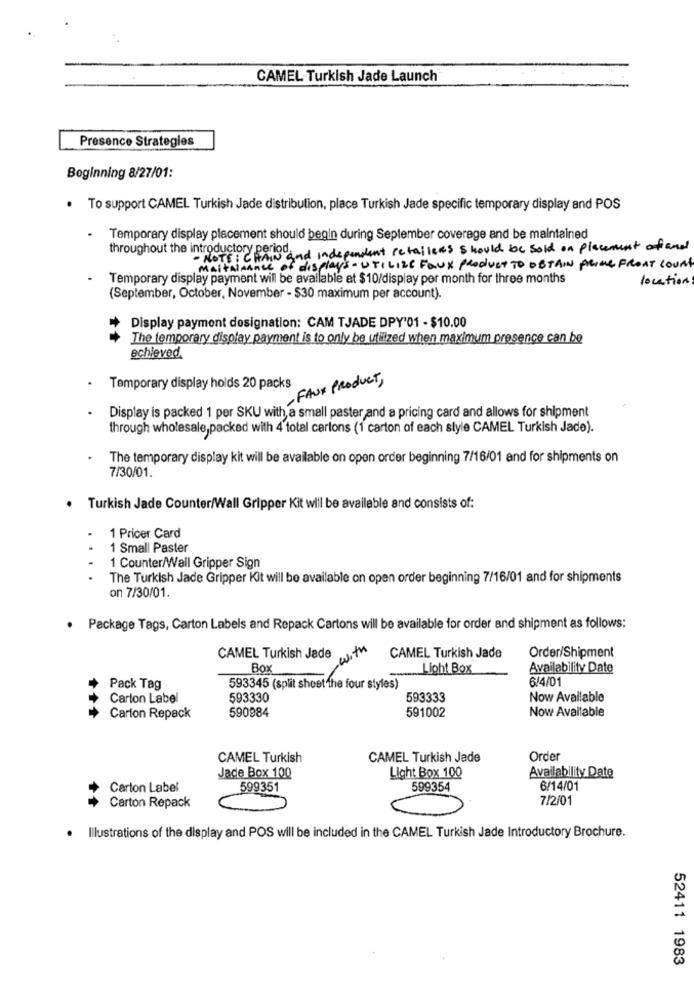
CAMEL Turkish Jade Launch
Presence Strategies
Beginning 8/27/01:
. To support CAMEL Turkish Jade distribution, place Turkish Jade specific temporary display and POS
Temporary display placement should begin during September coverage and be maintained
throughout the introductory period.
· NOTE: CHAW and independent retailers should be sold on placement of and
MaitAinAnce of displays UTILIZE FAUX Product TO OBTAIN PRINC FRONT COURT
Temporary display payment will be available at $10/display per month for three months
locations
(September, October, November - $30 maximum per account).
Display payment designation: CAM TJADE DPY'01 - $10.00
The temporary display payment is to only be utilized when maximum presence can be
achieved.
Temporary display holds 20 packs
FAUX PRODUCT,
Display is packed 1 per SKU with a small paster and a pricing card and allows for shipment
through wholesale,packed with 4 total cartons (1 carton of each style CAMEL Turkish Jade).
The temporary display kit will be available on open order beginning 7/16/01 and for shipments on
7/30/01.
Turkish Jade Counter/Wall Gripper Kit will be available and consists of:
1 Pricer Card
..
1 Small Paster
1 Counter/Wall Gripper Sign
. .
The Turkish Jade Gripper Kit will be available on open order beginning 7/16/01 and for shipments
on 7/30/01.
. Package Tags, Carton Labels and Repack Cartons will be available for order and shipment as follows:
with
CAMEL Turkish Jade
CAMEL Turkish Jade
Order/Shipment
Box
Light Box
Availability Date
6/4/01
Pack Tag
593345 (split sheet the four styles)
Carton Label
593330
593333
Now Available
590984
591002
Now Available
Carlon Repack
CAMEL Turkish
CAMEL Turkish Jade
Order
Jade Box 100
Light Box 100
Availability Date
Carton Label
599351
599354
6/14/01
Carton Repack
7/2/01
Illustrations of the display and POS will be included in the CAMEL Turkish Jade Introductory Brochure.
52411 1983